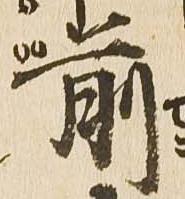
前